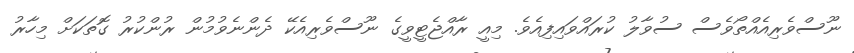
ނޫސްވެރިއެއްތޯވެސް ސުވާލު ކުރައްވައިފިއެވެ. މިއީ ރާއްޖެޓީވީގެ ނޫސްވެރިއެކޭ ދެންނެވުމުން ރުންކުރު ގޮތަކަށް މިހާރު